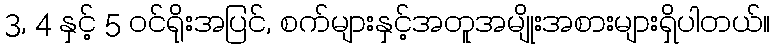
3, 4 နှင့် 5 ဝင်ရိုးအပြင်, စက်များနှင့်အတူအမျိုးအစားများရှိပါတယ်။